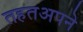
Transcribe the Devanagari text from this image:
तहतअपने